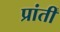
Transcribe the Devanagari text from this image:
प्रांतीं